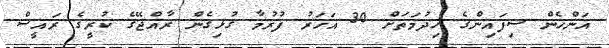
އަންހެން ސިފައިންގެ ޚިދުމަތަށް 30 އަހަރު ފުރުމާ ގުޅިގެން ރާއްޖޭގެ ކުރީގެ ރައީސް